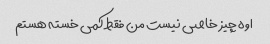
اوه چیز خاصی نیست من فقط کمی خسته هستم